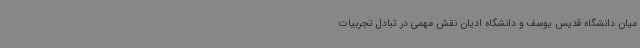
میان دانشگاه قدیس یوسف و دانشگاه ادیان نقش مهمی در تبادل تجربیات